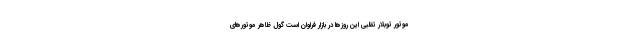
موتور توبلار تقلبی این روزها در بازار فراوان است گول ظاهر موتورهای